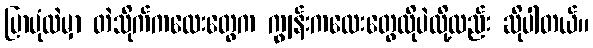
ပြာပုံထဲမှာ တဲသိုက်ကလေးတွေက ကျွန်းကလေးတွေလိုပဲလို့လည်း ဆိုပါတယ်။